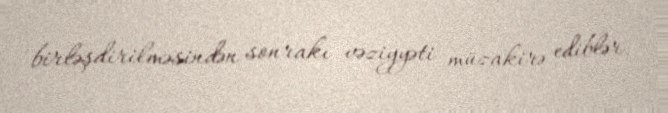
birləşdirilməsindən sonrakı vəziyyəti müzakirə ediblər.